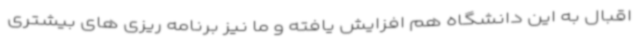
اقبال به این دانشگاه هم افزایش یافته و ما نیز برنامه ریزی های بیشتری